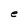
Character: e